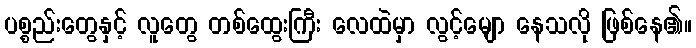
ပစ္စည်းတွေနှင့် လူတွေ တစ်ထွေးကြီး လေထဲမှာ လွင့်မျော နေသလို ဖြစ်နေ၏။